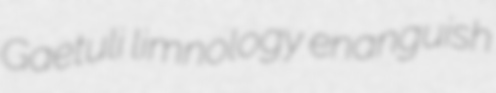
Gaetuli limnology enanguish